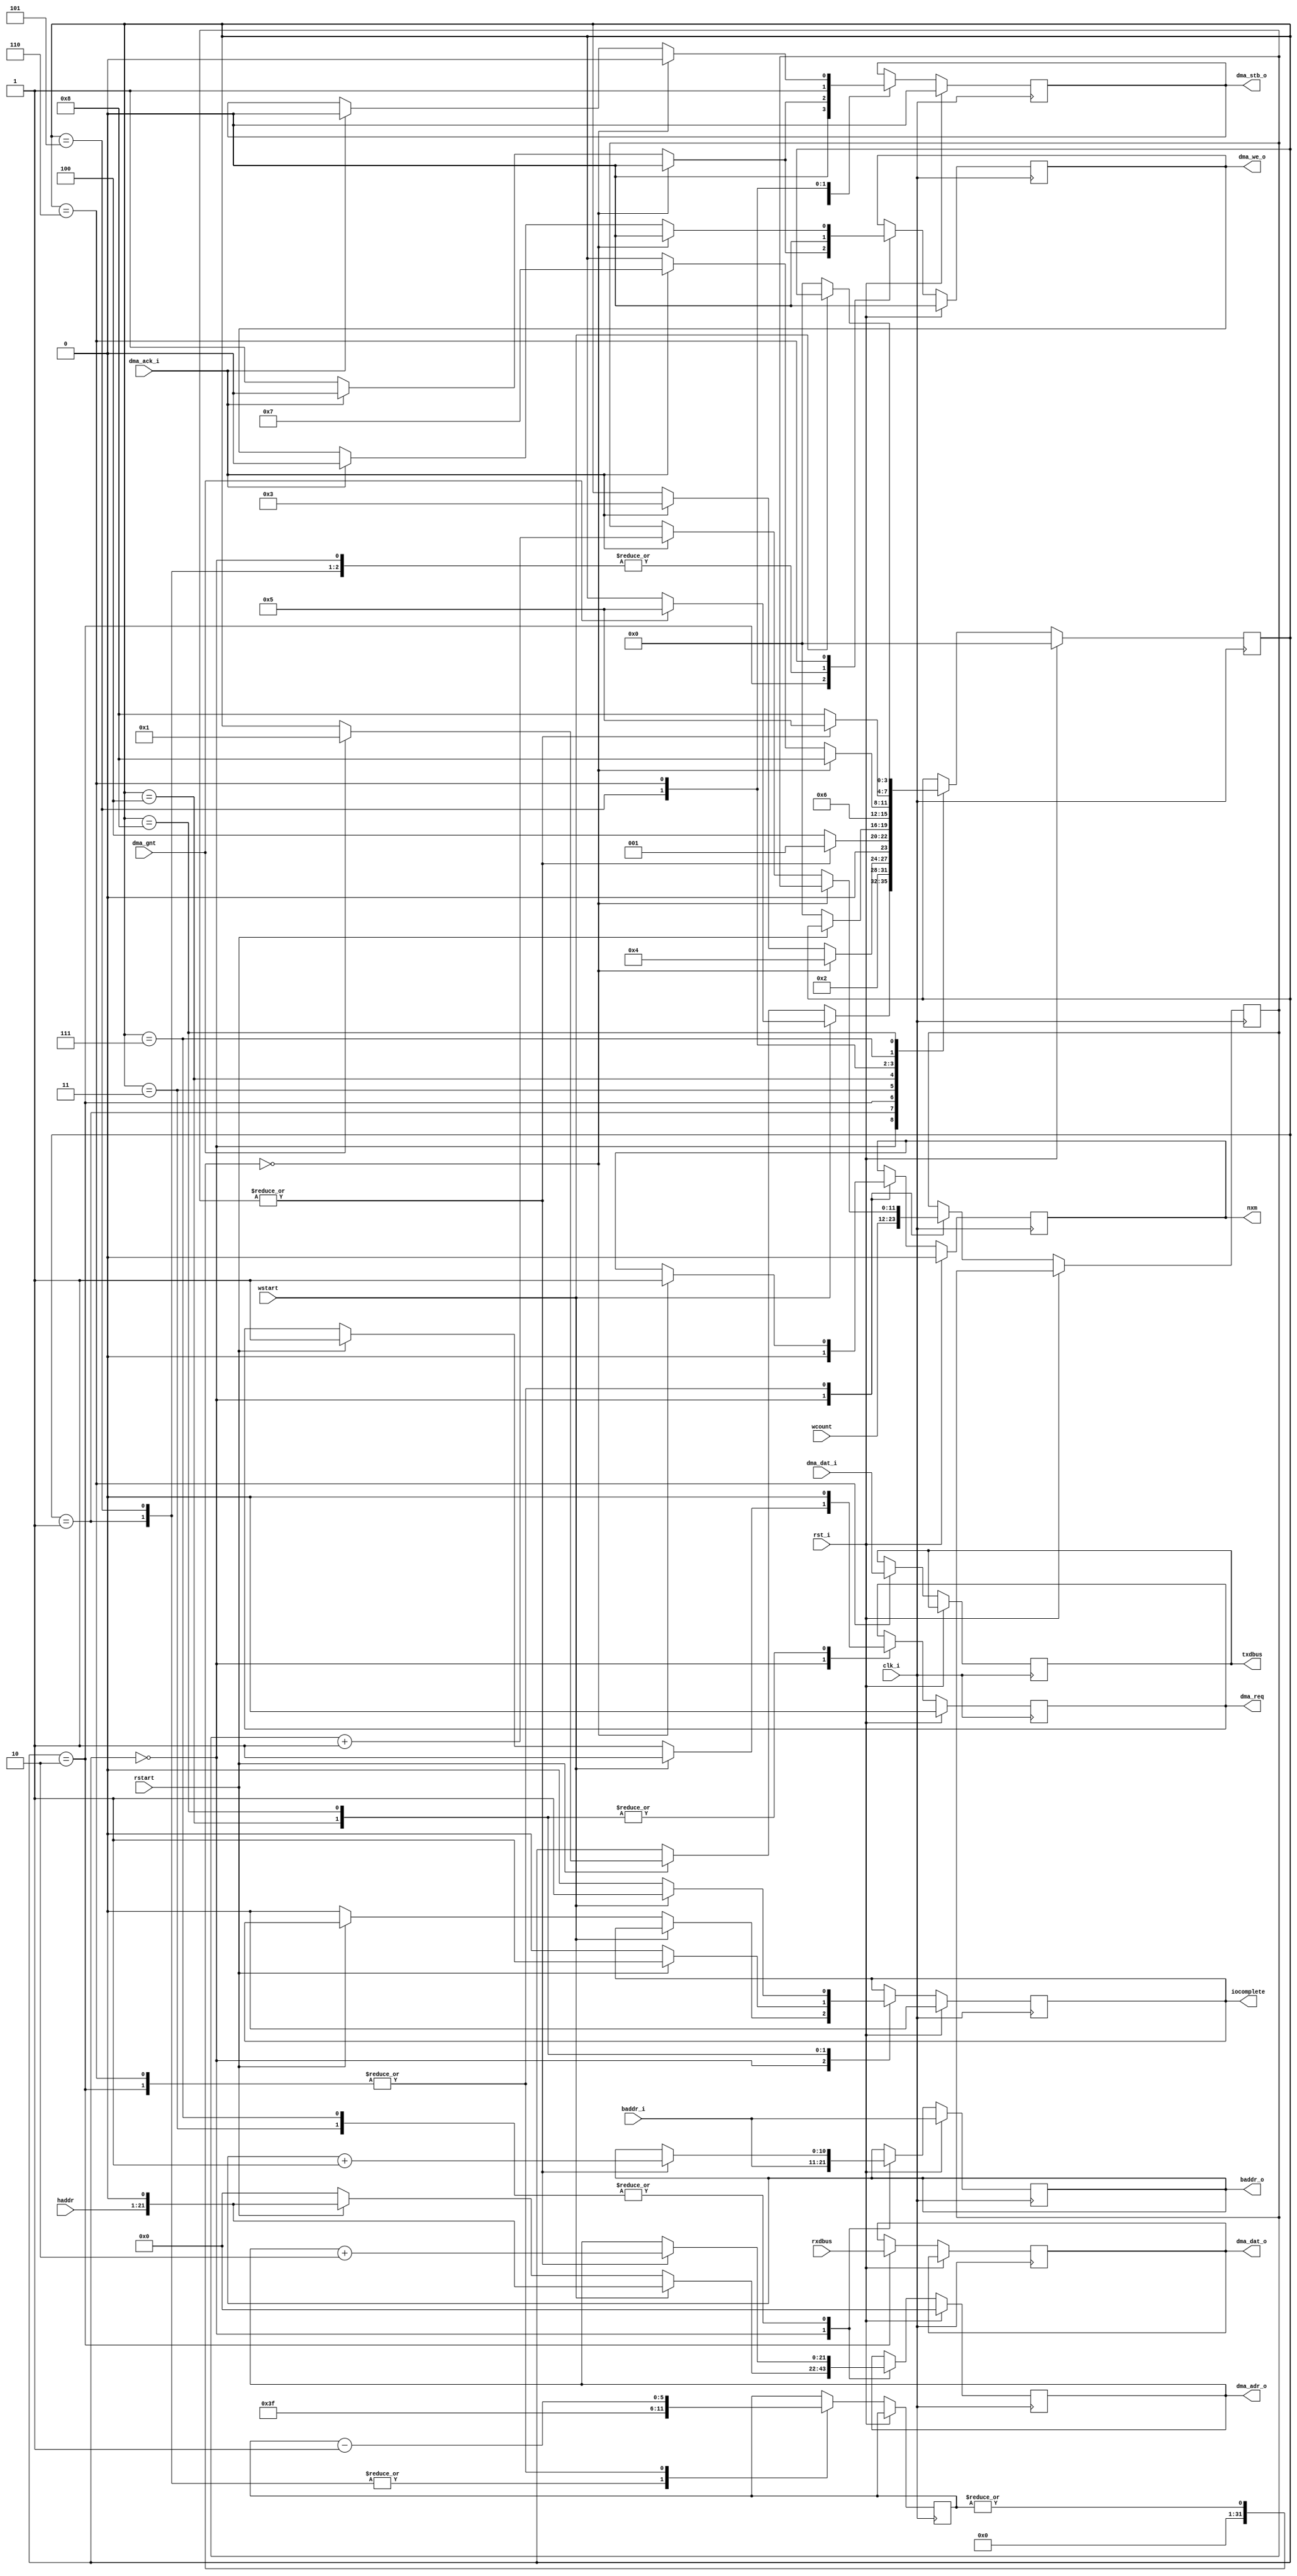
//=================================================================================
//   Ethernet DELQA
//---------------------------------------------------------------------------------
//  DMA
//=================================================================================
module dma (
   input                clk_i,      //   
   input                rst_i,      // 
// DMA bus
   output reg           dma_req,    //  DMA
   input                dma_gnt,    //  DMA
	output reg[21:0]     dma_adr_o,  //    DMA-
   input     [15:0]     dma_dat_i,  //    DMA
   output reg[15:0]     dma_dat_o,  //    DMA
   output reg           dma_stb_o,  //    DMA
   output reg           dma_we_o,   //   DMA (0 - ->, 1 - ->) 
   input                dma_ack_i,  //   ,    DMA-
//
   input                wstart,     //  
   input                rstart,     //  
   output reg           iocomplete, //    DMA-
   input     [15:0]     rxdbus,     //   
   output reg[15:0]     txdbus,     //   
   input     [10:0]     baddr_i,    //   
   output reg[10:0]     baddr_o,    //   
   input     [21:1]     haddr,      //    
   input     [11:0]     wcount,     //   
   output reg           nxm         //   
);

//   DMA
reg  [11:0] data_index;             //   
reg  [5:0]  bus_wait;               //     DMA-


//    DMA
localparam[3:0] dma_idle = 0; 
localparam[3:0] dma_read_prep = 1;
localparam[3:0] dma_read = 2;
localparam[3:0] dma_read_next = 3;
localparam[3:0] dma_read_done = 4;
localparam[3:0] dma_write_prep = 5; 
localparam[3:0] dma_write = 6;
localparam[3:0] dma_write_next = 7;
localparam[3:0] dma_write_done = 8;
reg  [3:0]  dma_state;


//always @(posedge clk_i, posedge rst_i)  begin
always @(posedge clk_i)  begin
   if (rst_i) begin
   // 
      dma_state <= dma_idle; 
      dma_req <= 1'b0; 
      dma_we_o <= 1'b0; 
      dma_stb_o <= 1'b0; 
      nxm <= 1'b0; 
      iocomplete <= 1'b0;
      dma_adr_o <= 22'o0;
      baddr_o <= baddr_i;
   end
      
   //  
   else  begin
      case (dma_state)
         //  
         dma_idle: begin
            nxm <= 1'b0;                                 //     nxm
            dma_we_o <= 1'b0;
            dma_adr_o <= 22'o0;
            baddr_o <= baddr_i;
            data_index <= wcount;                        //  

            //   
            if (wstart == 1'b1) begin
               dma_adr_o <= {haddr[21:1], 1'b0};
               dma_req <= 1'b1;                          //   DMA
//				   data_index <= wcount;                     //  
               if (dma_gnt == 1'b1)                      //   
                  dma_state <= dma_write_prep;           //    
            end

            //   
            else if (rstart == 1'b1) begin
               dma_adr_o <= {haddr[21:1], 1'b0};
               dma_req <= 1'b1;                          //   DMA
//				   data_index <= wcount;                     //  
               if (dma_gnt == 1'b1)                      //  
                  dma_state <= dma_read_prep;            //    
            end
            else iocomplete <= 1'b0;
         end

         //   -    DMA
         dma_read_prep: begin
            dma_we_o <= 1'b0;
            dma_stb_o <= 1'b0;
            bus_wait <= 6'b111111;                       //    
            dma_state <= dma_read;                       //   
         end

         dma_read: begin
            dma_dat_o <= rxdbus;                         //  
            dma_we_o <= 1'b1;                            //  
            dma_stb_o <= 1'b1;                           //  
            bus_wait <= bus_wait - 1'b1;                 //   
            if (|bus_wait == 0) begin
               //  
               nxm <= 1'b1;                              //   DMA
               dma_we_o <= 1'b0;
               dma_stb_o <= 1'b0;                        //   
               dma_state <= dma_read_done;               //  
            end
            else if (dma_ack_i == 1'b1) begin
               dma_stb_o <= 1'b0;                        //   
               data_index <= data_index + 1'b1;          //     
               dma_we_o <= 1'b0;
               dma_state <= dma_read_next;
            end
         end

         dma_read_next: begin
//			   dma_we_o <= 1'b0;
            if (|data_index != 0) begin                  //  ?
               dma_adr_o <=  dma_adr_o +  2'b10;         //   
               baddr_o <= baddr_o + 1'b1;                //  
               dma_state <= dma_read_prep;               //  - 
            end
            else
               dma_state <= dma_read_done;               //  - 
         end

         //   - 
         dma_read_done: begin
            dma_req <= 1'b0;                             //  
            if (rstart == 1'b0) begin
               dma_state <= dma_idle;                    //     
               iocomplete <= 1'b0;                       //    
            end
            else
               iocomplete <= 1'b1;                       //   
         end

         //   -    DMA
         dma_write_prep: begin
            dma_we_o <= 1'b0;
            dma_stb_o <= 1'b1;                           //  
            bus_wait <= 6'b111111;                       //    
            dma_state <= dma_write;
         end

         //   -   
         dma_write: begin
            bus_wait <= bus_wait - 1'b1;                 //   
            txdbus <= dma_dat_i;
            if (|bus_wait == 0) begin
               nxm <= 1'b1;                              //   DMA
               dma_we_o <= 1'b0;
               dma_stb_o <= 1'b0;                        //   
               dma_state <= dma_write_done;              //  
            end
            else if (dma_ack_i == 1'b1) begin
               dma_we_o <= 1'b0;
               dma_stb_o <= 1'b0;                        //   
               data_index <= data_index + 1'b1;          //     
               dma_state <= dma_write_next;
            end
         end

         //   -    
         dma_write_next: begin
            if (|data_index != 0) begin                  //  ?
               dma_adr_o <=  dma_adr_o +  2'b10;         //   
               baddr_o <= baddr_o + 1'b1;                //  
               dma_state <= dma_write_prep;              //  - 
            end
            else
               dma_state <= dma_write_done;              //  - 
         end

         //   - 
         dma_write_done: begin
            dma_req <= 1'b0;                             //  
            if (wstart == 1'b0)  begin
               iocomplete <= 1'b0;                       //    
               dma_state <= dma_idle;                    //     
            end
            else iocomplete <= 1'b1;                     //   
         end
      endcase 
   end
end 

endmodule